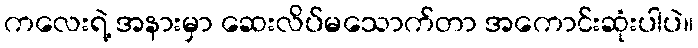
ကလေးရဲ့ အနားမှာ ဆေးလိပ်မသောက်တာ အကောင်းဆုံးပါပဲ။